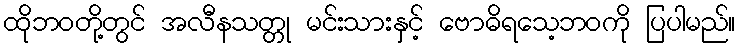
ထိုဘဝတို့တွင် အလီနသတ္တု မင်းသားနှင့် ဗောဓိရသေ့ဘဝကို ပြပါမည်။